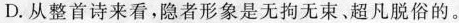
D.从整首诗来看，隐者形象是无拘无束、超凡脱俗的。